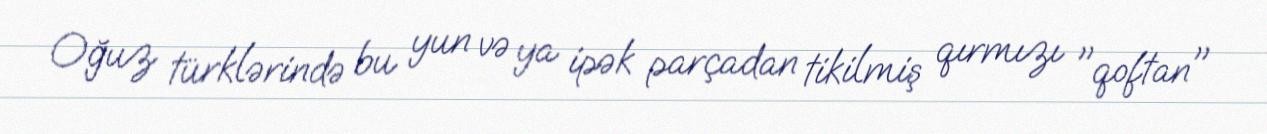
Oğuz türklərində bu yun və ya ipək parçadan tikilmiş qırmızı "qoftan"